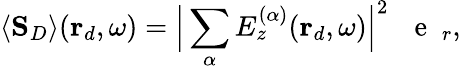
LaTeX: \langle\mathbf{S}_{D}\rangle(\mathbf{r}_{d},\omega)=\Big\lvert\sum_{\alpha}E_{z}^{(\alpha)}(\mathbf{r}_{d},\omega)\Big\rvert^{2}\, \mathrm{~\textbf~{~e~}~}_{r},